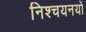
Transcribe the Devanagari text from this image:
निश्चयनयों